Scottish Leaving Certificate Examination, 1961
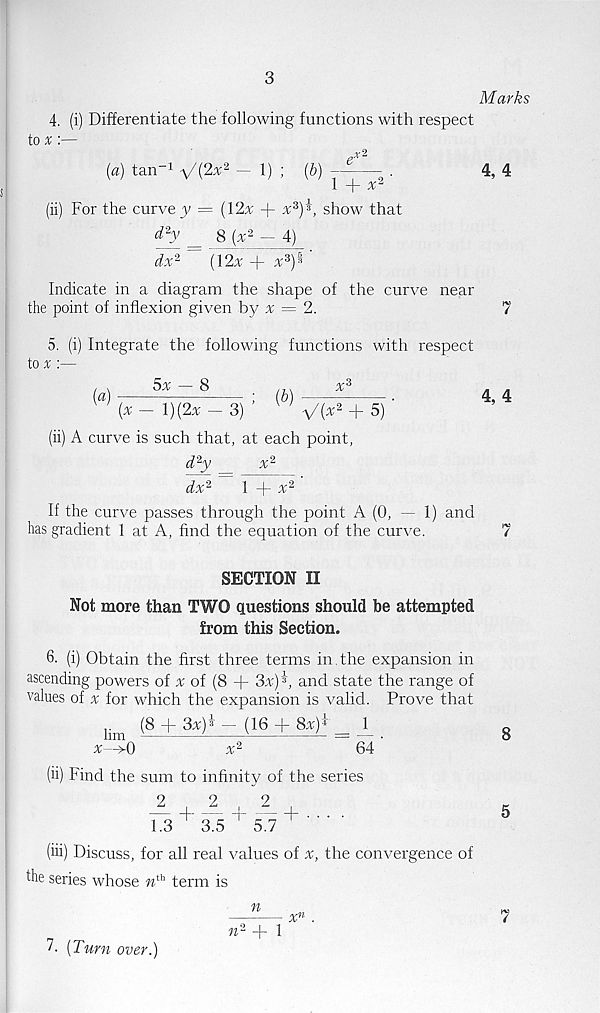
3
Marks
4. (i) Differentiate the following functions with respect
to «:—
(«) tan- 1 V(2^2 - 1) ; {b)
—- .
4, 4
1 + x
(ii) For the curves = (12% + x 3 )^, show that
d 2 y _ 8 (% 2 — 4)
dx 2
(12% + x 3 )^
Indicate in a diagram the shape of the curve near
the point of inflexion given by % = 2.
7
5. (i) Integrate the following functions with respect
to x :—
5% - 8
(a)
2d
d
; (ft)
w (% — 1)(2% — 3)
w V(^2 + 5)
(ii) A curve is such that, at each point,
% il
4,4
d 2 y
dx 2
x*
1 + % 2
If the curve passes through the point A (0, — 1) and
has gradient 1 at A, find the equation of the curve.
SECTION II
Not more than TWO questions should he attempted
from this Section.
6. (i) Obtain the first three terms in.the expansion in
ascending powers of % of (8 + 3%)’b and state the range of
values of % for which the expansion is valid. Prove that
(8 + 3%)* ~ (16 + 8%)* _ 1
% 2
64
lim
%—^0
(ii) Find the sum to infinity of the series
2
A + .A
1.3
3.5
5.7
+ •
(iii) Discuss, for all real values of %, the convergence of
the series whose n th term is
n
7. [Turn over.)
n 2 + 1
7
8